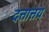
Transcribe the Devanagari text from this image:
दत्तात्तय